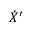
{ \dot { X } } ^ { \prime }